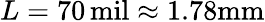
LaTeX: L=70\, \mathrm{mil}\approx 1.78\mathrm{mm}